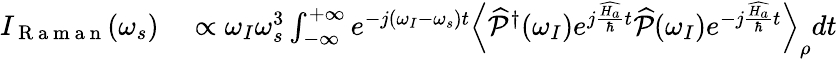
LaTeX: \begin{array}{rl}{I_{\mathrm{~R~a~m~a~n~}}(\omega_{s})}&{{}\propto\omega_{I}\omega_{s}^{3}\int_{-\infty}^{+\infty}e^{-j(\omega_{I}-\omega_{s})t}\left\langle\widehat{\mathcal{P}}^{\dagger}(\omega_{I})e^{j\frac{\widehat{H_{a}}}{\hbar}t}\widehat{\mathcal{P}}(\omega_{I})e^{-j\frac{\widehat{H_{a}}}{\hbar}t}\right\rangle_{\rho}dt}\end{array}